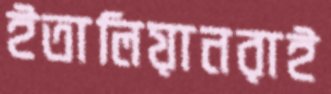
ইতালিয়ানরাই